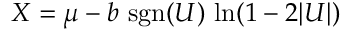
X = \mu - b \, \operatorname { s g n } ( U ) \, \ln ( 1 - 2 | U | )